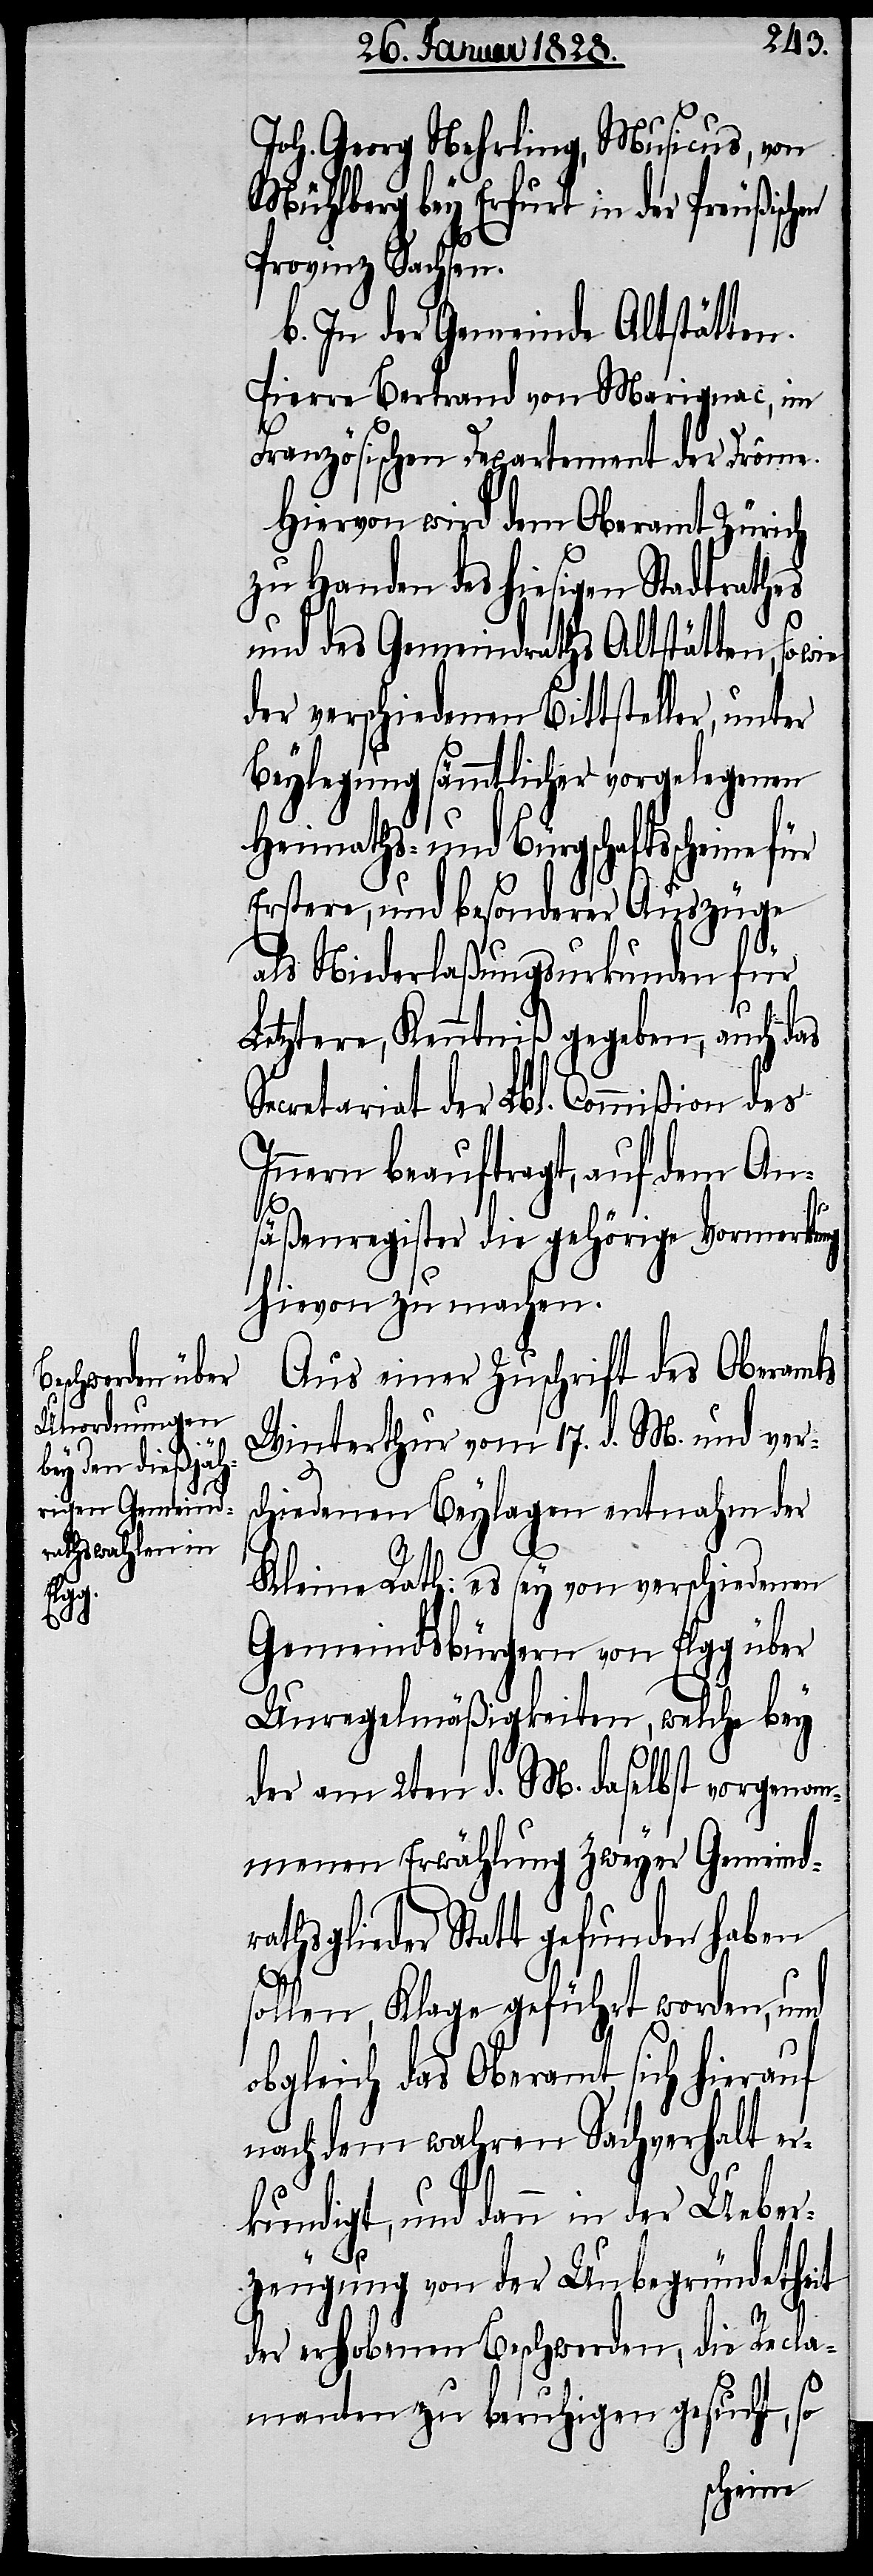
Joh. Georg Nehrling, Musicus, von
Mühlberg bey Erfurt in der Preußisch¬
Provinz Sachsen.
b. In der Gemeinde Altstätten.
Pierre Bertrand von Marignac, im
Französischen Departement der Drôme.
Hiervon wird dem Oberamt Zürich
zu Handen des hiesigen Stadtrathes
und des Gemeindraths Altstätten, so
der verschiedenen Bittsteller, unter
Beylegung sämmtlicher vorgelegenen
Heymaths- und Bürgschaftsscheine
Erstere, und besonderer Auszüge
en
als Niederlaßungsurkunden für
Letztere, Kenntniß gegeben, auch das
Secretariat der Lbl. Commißion des
Innern beauftragt, auf dem An¬
säßenregister die gehörige Vormerkung
hievon zu machen.
Aus einer Zuschrift des Oberamts
Winterthur vom 17. d. M. und vers¬
chiedenen Beylagen entnahm der
Kleine Rath: es sey von verschiedenen
Gemeindsbürgern von Elgg über
Unregelmäßigkeiten, welche bey
der am 2ten d. M. daselbst vorgenom¬
menen Erwählung zweyer Gemeind¬
rathsglieder Statt gefunden haben
sollen, Klage geführt worden, und
obgleich das Oberamt sich hierauf
nach dem wahren Sachverhalt er¬
kundigt, und dann in der Ueber¬
zeugung von der Unbegründheit
der erhobenen Beschwerden, die Recla¬
manten zu beruhigen gesucht, so